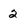
Character: 2